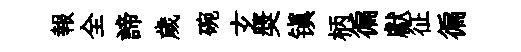
報全諦歲碗𤣥奬镇柄徧獻征徧